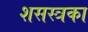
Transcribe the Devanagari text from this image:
शसस्त्रका